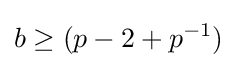
b\geq (p-2+p^{-1})